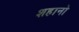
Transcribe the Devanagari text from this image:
शहानो